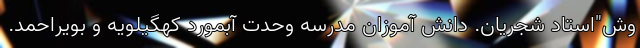
وش"استاد شجريان. دانش آموزان مدرسه وحدت آبمورد كهگيلويه و بويراحمد.